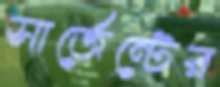
সার্জেন্টের